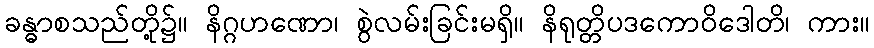
ခန္ဓာစသည်တို့၌။ နိဂ္ဂဟဏော၊ စွဲလမ်းခြင်းမရှိ။ နိရုတ္တိပဒကောဝိဒေါတိ၊ ကား။